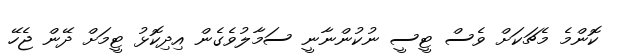
ކޮންމެ މެޗަކަށް ވެސް ޓީސީ ނުކުންނާނީ ސަމާލުވެގެން އިދިކޮޅު ޓީމަށް ދޭން ޖެހޭ